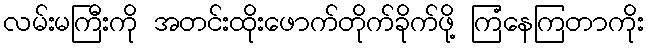
လမ်းမကြီးကို အတင်းထိုးဖောက်တိုက်ခိုက်ဖို့ ကြံနေကြတာကိုး